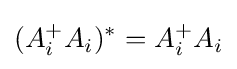
(A_{i}^{+}A_{i})^{*}=A_{i}^{+}A_{i}